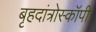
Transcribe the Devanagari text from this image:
बृहदांत्रोस्कॉपी